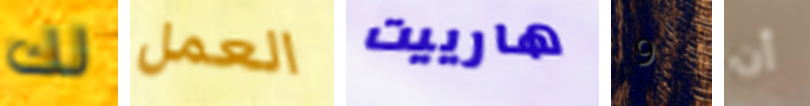
لك العمل هارييت 9 أن